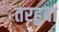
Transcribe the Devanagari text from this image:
तरहुवा